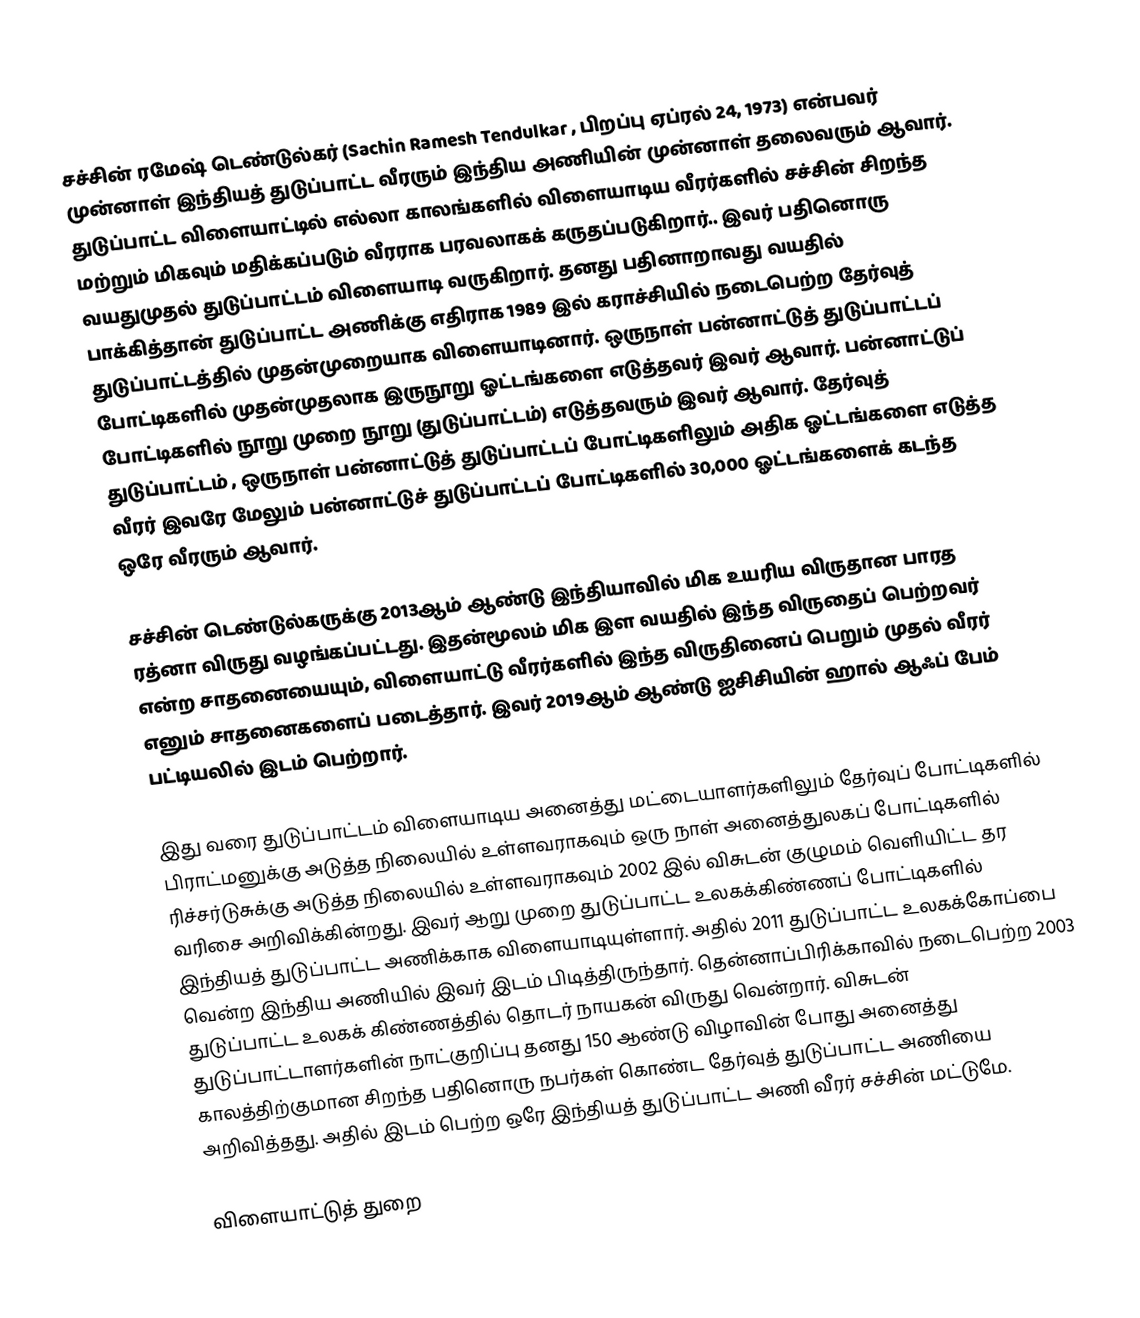
சச்சின் ரமேஷ் டெண்டுல்கர் (Sachin Ramesh Tendulkar , பிறப்பு ஏப்ரல் 24, 1973) என்பவர் முன்னாள் இந்தியத் துடுப்பாட்ட வீரரும் இந்திய அணியின் முன்னாள் தலைவரும் ஆவார். துடுப்பாட்ட விளையாட்டில் எல்லா காலங்களில் விளையாடிய வீரர்களில் சச்சின் சிறந்த மற்றும் மிகவும் மதிக்கப்படும் வீரராக பரவலாகக் கருதப்படுகிறார்.. இவர் பதினொரு வயதுமுதல் துடுப்பாட்டம் விளையாடி வருகிறார். தனது பதினாறாவது வயதில் பாக்கித்தான் துடுப்பாட்ட அணிக்கு எதிராக 1989 இல் கராச்சியில் நடைபெற்ற தேர்வுத் துடுப்பாட்டத்தில் முதன்முறையாக விளையாடினார். ஒருநாள் பன்னாட்டுத் துடுப்பாட்டப் போட்டிகளில் முதன்முதலாக  இருநூறு ஓட்டங்களை எடுத்தவர் இவர் ஆவார். பன்னாட்டுப் போட்டிகளில் நூறு முறை நூறு (துடுப்பாட்டம்) எடுத்தவரும் இவர் ஆவார்.  தேர்வுத் துடுப்பாட்டம் , ஒருநாள் பன்னாட்டுத் துடுப்பாட்டப் போட்டிகளிலும் அதிக ஓட்டங்களை எடுத்த வீரர் இவரே மேலும் பன்னாட்டுச் துடுப்பாட்டப் போட்டிகளில் 30,000 ஓட்டங்களைக் கடந்த ஒரே வீரரும் ஆவார்.

சச்சின் டெண்டுல்கருக்கு 2013ஆம் ஆண்டு இந்தியாவில் மிக உயரிய விருதான பாரத ரத்னா விருது வழங்கப்பட்டது. இதன்மூலம் மிக இள வயதில் இந்த விருதைப் பெற்றவர் என்ற சாதனையையும், விளையாட்டு வீரர்களில் இந்த விருதினைப் பெறும் முதல் வீரர் எனும் சாதனைகளைப் படைத்தார்.  இவர் 2019ஆம் ஆண்டு ஐசிசியின்  ஹால் ஆஃப் பேம் பட்டியலில் இடம் பெற்றார்.

இது வரை துடுப்பாட்டம் விளையாடிய அனைத்து மட்டையாளர்களிலும் தேர்வுப் போட்டிகளில் பிராட்மனுக்கு அடுத்த நிலையில் உள்ளவராகவும் ஒரு நாள் அனைத்துலகப் போட்டிகளில் ரிச்சர்டுசுக்கு அடுத்த நிலையில் உள்ளவராகவும் 2002 இல் விசுடன் குழுமம் வெளியிட்ட தர வரிசை அறிவிக்கின்றது. இவர் ஆறு முறை துடுப்பாட்ட உலகக்கிண்ணப் போட்டிகளில் இந்தியத் துடுப்பாட்ட அணிக்காக விளையாடியுள்ளார். அதில் 2011 துடுப்பாட்ட உலகக்கோப்பை வென்ற இந்திய அணியில் இவர் இடம் பிடித்திருந்தார். தென்னாப்பிரிக்காவில் நடைபெற்ற  2003 துடுப்பாட்ட உலகக் கிண்ணத்தில் தொடர் நாயகன் விருது வென்றார்.  விசுடன் துடுப்பாட்டாளர்களின் நாட்குறிப்பு தனது  150 ஆண்டு விழாவின் போது அனைத்து காலத்திற்குமான  சிறந்த பதினொரு நபர்கள் கொண்ட தேர்வுத் துடுப்பாட்ட அணியை அறிவித்தது. அதில் இடம் பெற்ற ஒரே இந்தியத் துடுப்பாட்ட அணி வீரர் சச்சின் மட்டுமே.

விளையாட்டுத் துறை